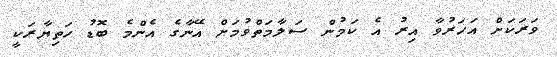
ވަރަކަށް އަހަރުވާ އިރު އެ ކަމުން ސަލާމަތްވުމަށް އޭނާގެ އެންމެ ބޮޑު ހަތިޔާރަކީ